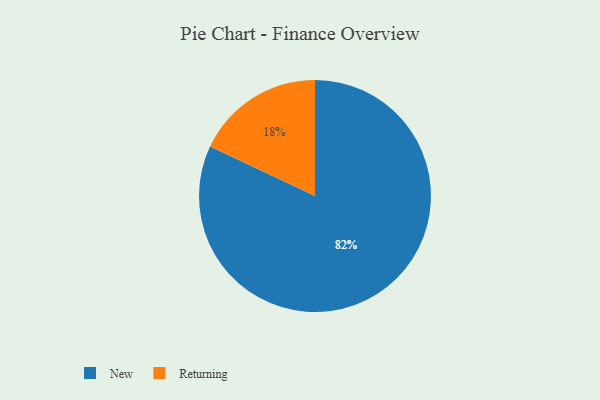
{"axis": {"x": "Category", "y": "Percentage"}, "legend": ["New", "Returning"], "data": [{"x": "Returning", "y": 18, "type": "Returning"}, {"x": "New", "y": 82, "type": "New"}]}